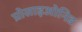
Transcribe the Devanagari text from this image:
प्रोसाइओनिड